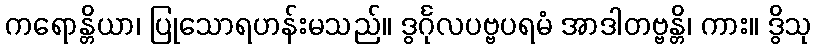
ကရောန္တိယာ၊ ပြုသောရဟန်းမသည်။ ဒွင်္ဂုလပဗ္ဗပရမံ အာဒါတဗ္ဗန္တိ၊ ကား။ ဒွိသု